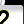
Digit: 2